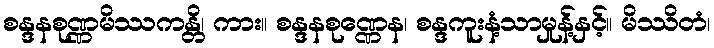
စန္ဒနစုဏ္ဏမိဿကန္တိ၊ ကား။ စန္ဒနစုဏ္ဏေန၊ စန္ဒကူးနံ့သာမှုန့်နှင့်။ မိဿိတံ၊